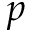
p